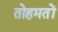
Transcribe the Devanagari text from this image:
तोहमतों